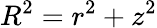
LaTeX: R^{2}=r^{2}+z^{2}